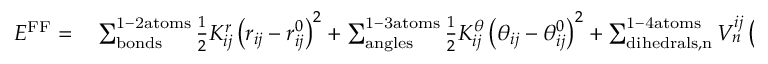
\begin{array} { r l } { E ^ { \mathrm { F F } } = } & { { } \sum _ { \mathrm { b o n d s } } ^ { \mathrm { 1 - 2 a t o m s } } \frac { 1 } { 2 } K _ { i j } ^ { r } \left( r _ { i j } - r _ { i j } ^ { 0 } \right) ^ { 2 } + \sum _ { \mathrm { a n g l e s } } ^ { \mathrm { 1 - 3 a t o m s } } \frac { 1 } { 2 } K _ { i j } ^ { \theta } \left( \theta _ { i j } - \theta _ { i j } ^ { 0 } \right) ^ { 2 } + \sum _ { \mathrm { d i h e d r a l s , n } } ^ { \mathrm { 1 - 4 a t o m s } } V _ { n } ^ { i j } \left( 1 + c o s \left( n \phi _ { i j } - \phi _ { i j } ^ { 0 } \right) \right) } \end{array}